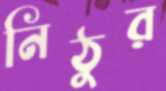
নিঠুর